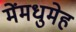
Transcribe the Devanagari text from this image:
मेंमधुमेह